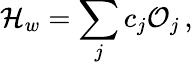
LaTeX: {\mathcal H}_{w}=\sum_{j}c_{j}{\cal O}_{j}\, ,